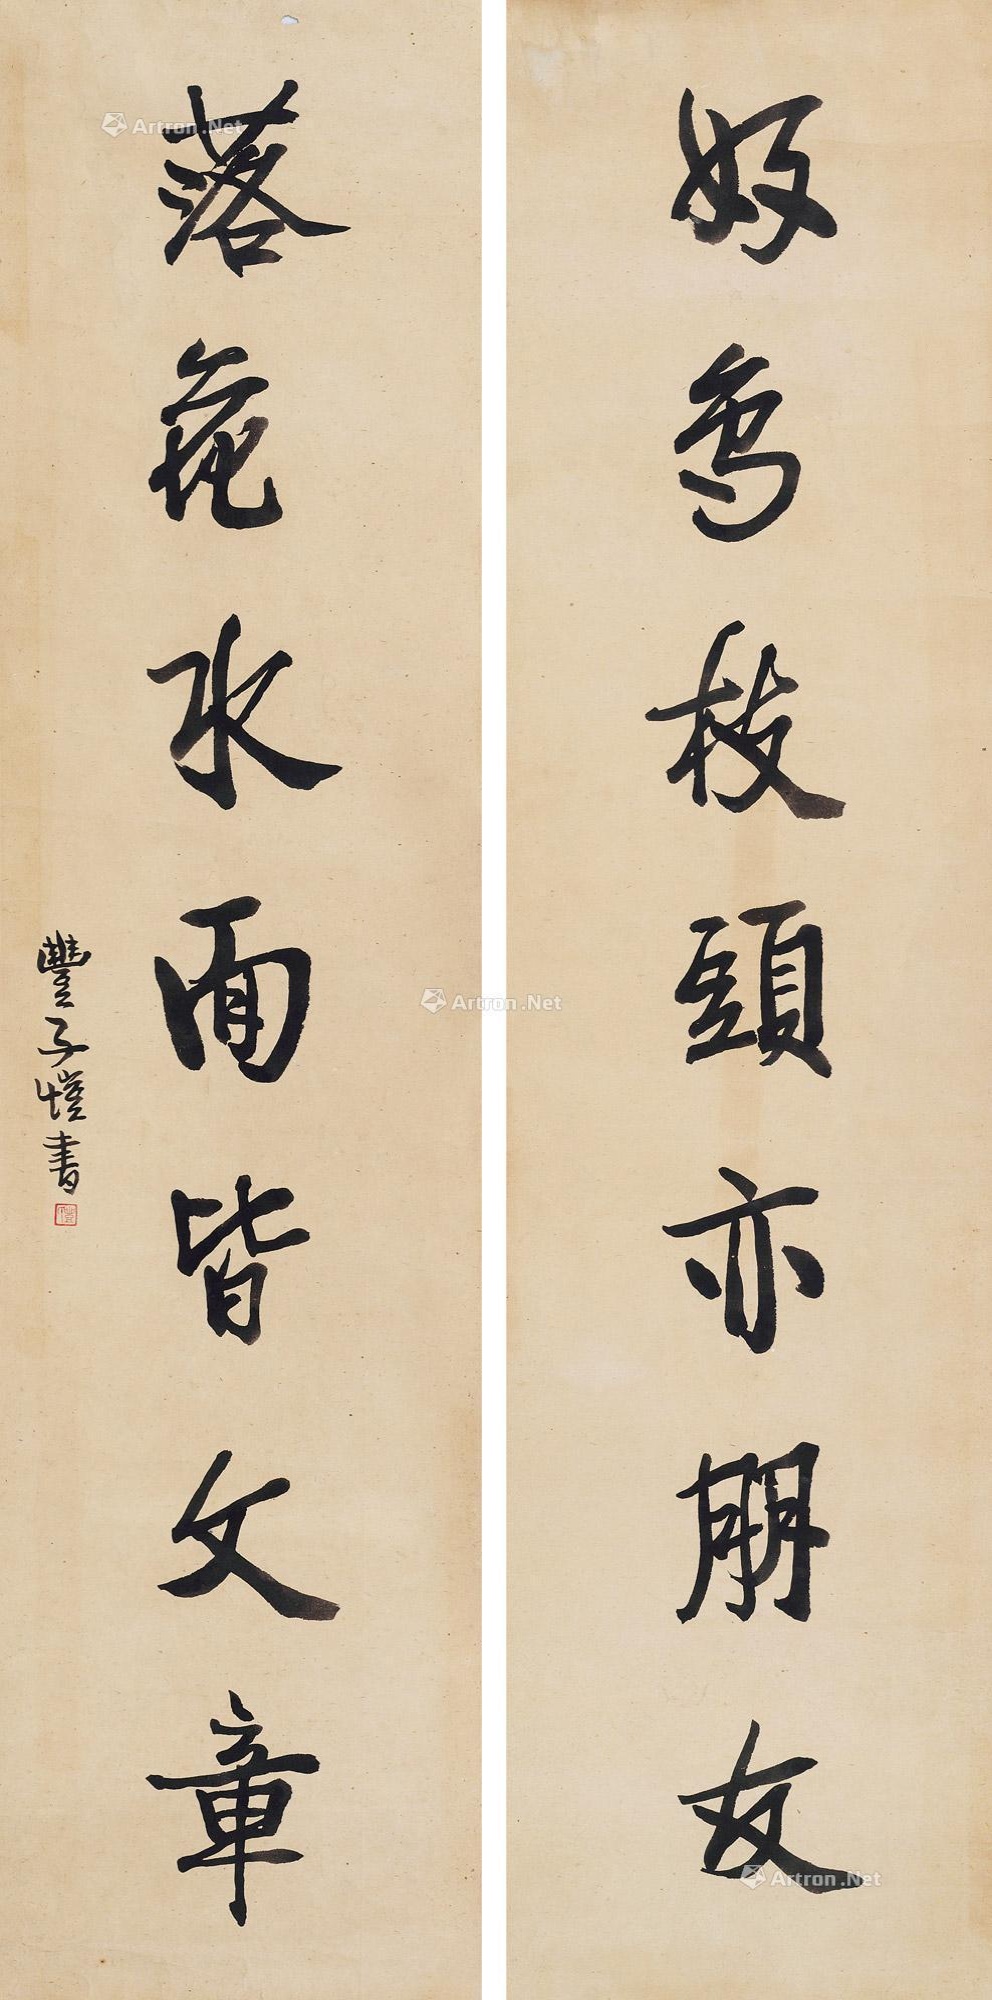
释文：好鸟枝头亦朋友，落花水面皆文章。丰子恺书。